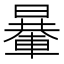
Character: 𨍯